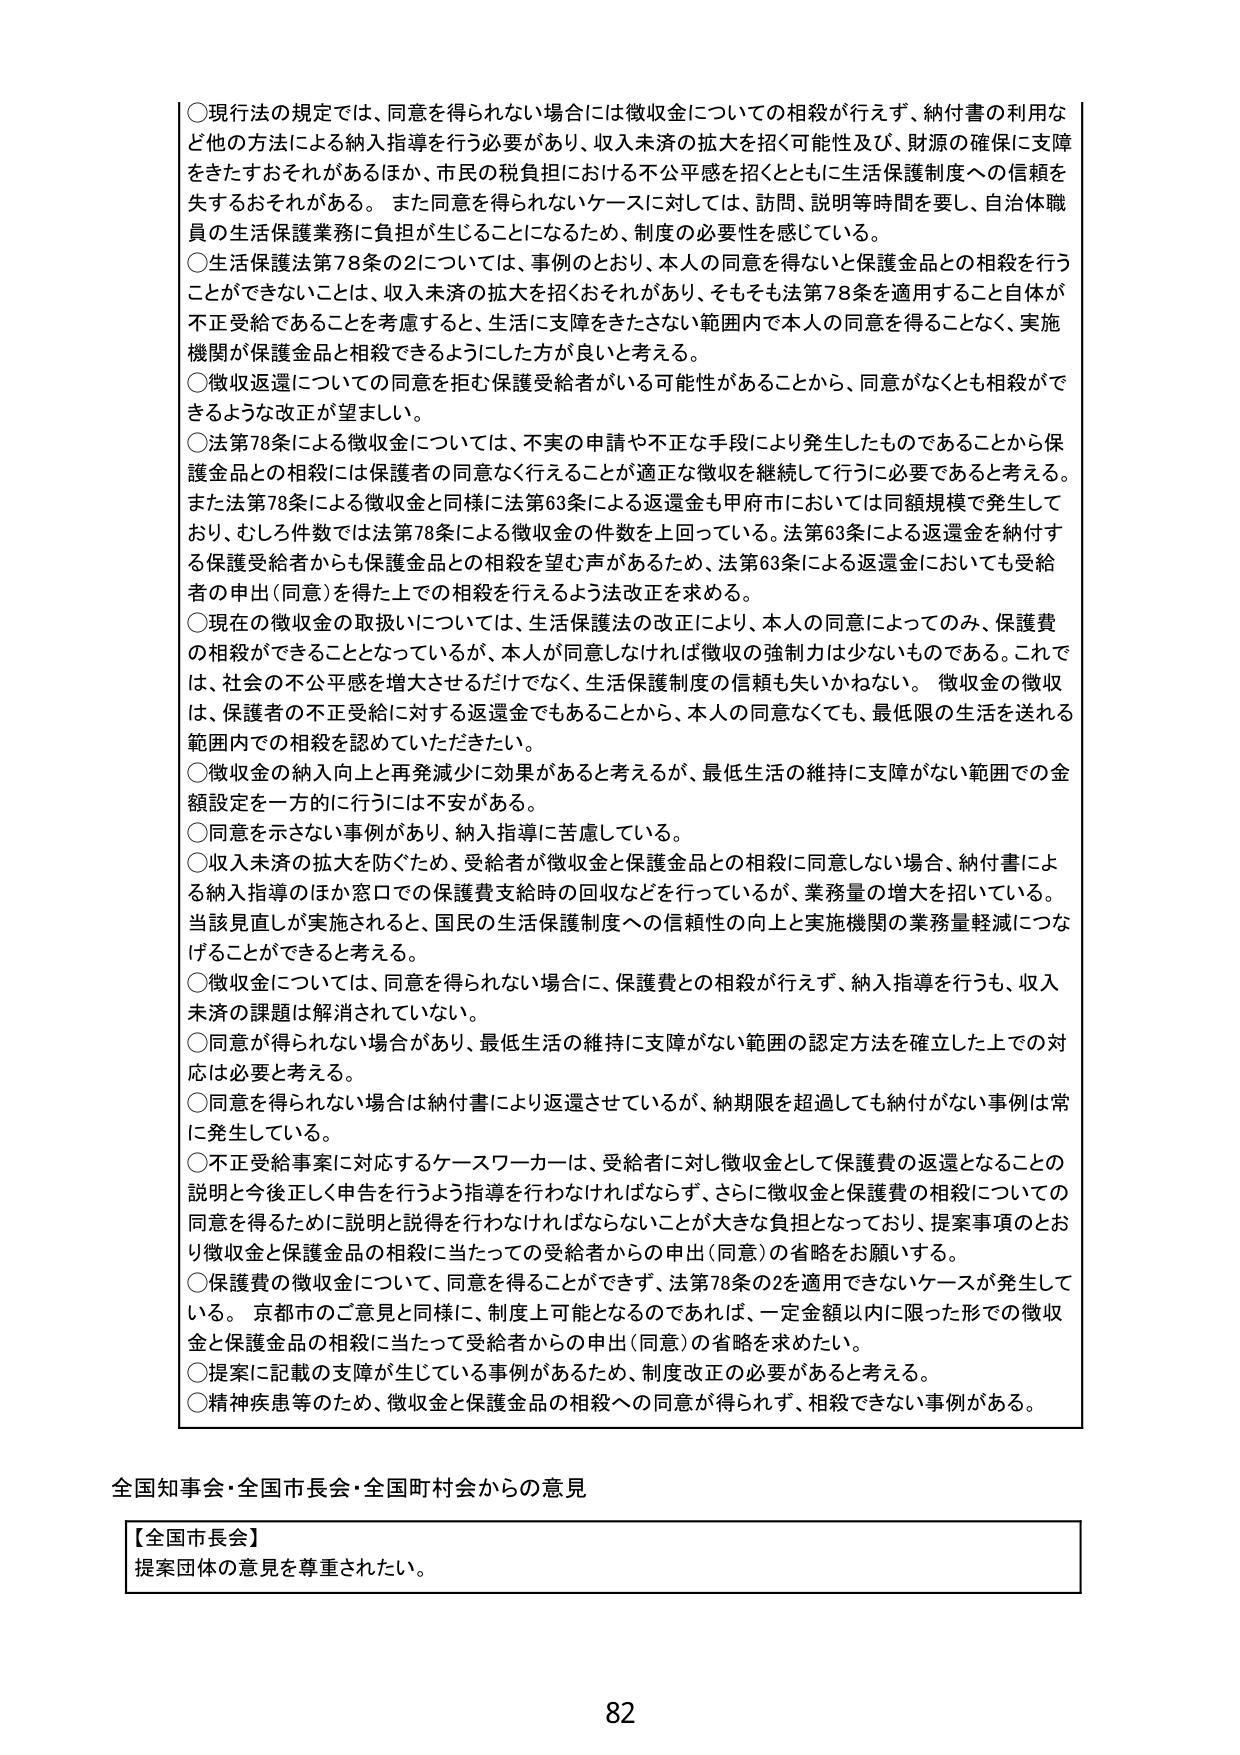
○現行法の規定では、同意を得られない場合には徴収金についての相殺が行えず、納付書の利用など他の方法による納入指導を行う必要があり、収入未済の拡大を招く可能性及び、財源の確保に支障をきたすおそれがあるほか、市民の税負担における不公平感を招くとともに生活保護制度への信頼を失するおそれがある。また同意を得られないケースに対しては、訪問、説明等時間を要し、自治体職員の生活保護業務に負担が生じることになるため、制度の必要性を感じている。

○生活保護法第78条の2については、事例のとおり、本人の同意を得ないと保護金品との相殺を行うことができないことは、収入未済の拡大を招くおそれがあり、そもそも法第78条を適用すること自体が不正受給であることを考慮すると、生活に支障をきたさない範囲内で本人の同意を得ることなく、実施機関が保護金品と相殺できるようにした方が良いと考える。

○徴収返還についての同意を拒む保護受給者がいる可能性があることから、同意がなくとも相殺ができるような改正が望ましい。

○法第78条による徴収金については、不実の申請や不正な手段により発生したものであることから保護金品との相殺には保護者の同意なく行えることが適正な徴収を継続して行うに必要であると考える。また法第78条による徴収金と同様に法第63条による返還金も甲府市においては同額規模で発生しており、むしろ件数では法第78条による徴収金の件数を上回っている。法第63条による返還金を納付する保護受給者からも保護金品との相殺を望む声があるため、法第63条による返還金においても受給者の申出（同意）を得た上での相殺を行えるよう改正を求める。

○現在の徴収金の取扱いについては、生活保護法の改正により、本人の同意によってのみ、保護費の相殺ができることとなっているが、本人が同意しなければ徴収の強制力は少ないものである。これでは、社会の不公平感を増大させるだけでなく、生活保護制度の信頼も失いかねない。徴収金の徴収は、保護者の不正受給に対する返還金でもあることから、本人の同意なくとも、最低限の生活を送れる範囲内での相殺を認めていただきたい。

○徴収金の納入向上と再発減少に効果があると考えるが、最低生活の維持に支障がない範囲での金額設定を一方的に行うには不安がある。

○同意を示さない事例があり、納入指導に苦慮している。

○収入未済の拡大を防ぐため、受給者が徴収金と保護金品との相殺に同意しない場合、納付書による納入指導のほか窓口での保護費支給時の回収などを行っているが、業務量の増大を招いている。当該見直しが実施されると、国民の生活保護制度への信頼性の向上と実施機関の業務量軽減につなげることができると考える。

○徴収金については、同意を得られない場合に、保護費との相殺が行えず、納入指導を行うも、収入未済の課題は解消されていない。

○同意が得られない場合があり、最低生活の維持に支障がない範囲の認定方法を確立した上での対応は必要と考える。

○同意を得られない場合は納付書により返還させているが、納期限を超過しても納付がない事例は常に発生している。

○不正受給事案に対応するケースワーカーは、受給者に対し徴収金として保護費の返還となることの説明と今後正しく申告を行うよう指導を行わなければならず、さらに徴収金と保護費の相殺についての同意を得るために説明と説得を行わなければならないことが大きな負担となっており、提案事項のとおり徴収金と保護金品の相殺に当たっての受給者からの申出（同意）の省略をお願いする。

○保護費の徴収金について、同意を得ることができず、法第78条の2を適用できないケースが発生している。京都市のご意見と同様に、制度上可能となるのであれば、一定金額以内に限った形での徴収金と保護金品の相殺に当たって受給者からの申出（同意）の省略を求めたい。

○提案に記載の支障が生じている事例があるため、制度改正の必要があると考える。

○精神疾患等のため、徴収金と保護金品の相殺への同意が得られず、相殺できない事例がある。

全国知事会・全国市長会・全国町村会からの意見

【全国市長会】
提案団体の意見を尊重されたい。

82